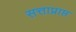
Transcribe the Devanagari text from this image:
सत्ताप्राप्त